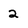
Character: 2